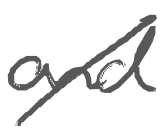
Text: and
Cross-out: diagonal
Writing tool: digital_gray